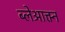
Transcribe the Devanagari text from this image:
ब्लेआक्त्न